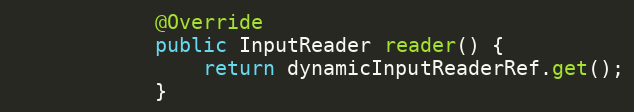
Language: Java
            @Override
            public InputReader reader() {
                return dynamicInputReaderRef.get();
            }